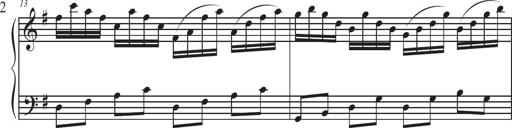
Title: Sonatina Espania
Composer: Jerald Franklin Archer
Key: Various